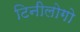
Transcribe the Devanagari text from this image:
टिनीलोगो